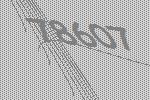
78607